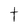
Character: t